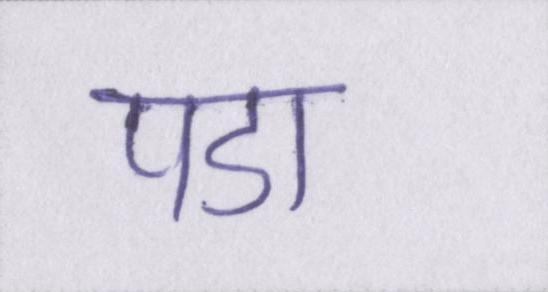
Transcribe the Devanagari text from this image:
पडा